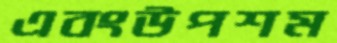
এবংউপশম